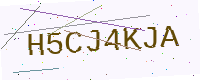
Text: H5CJ4KJA